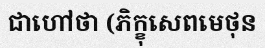
ជាហៅថា (ភិក្ខុសេពមេថុន